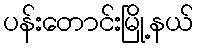
ပန်းတောင်းမြို့နယ်